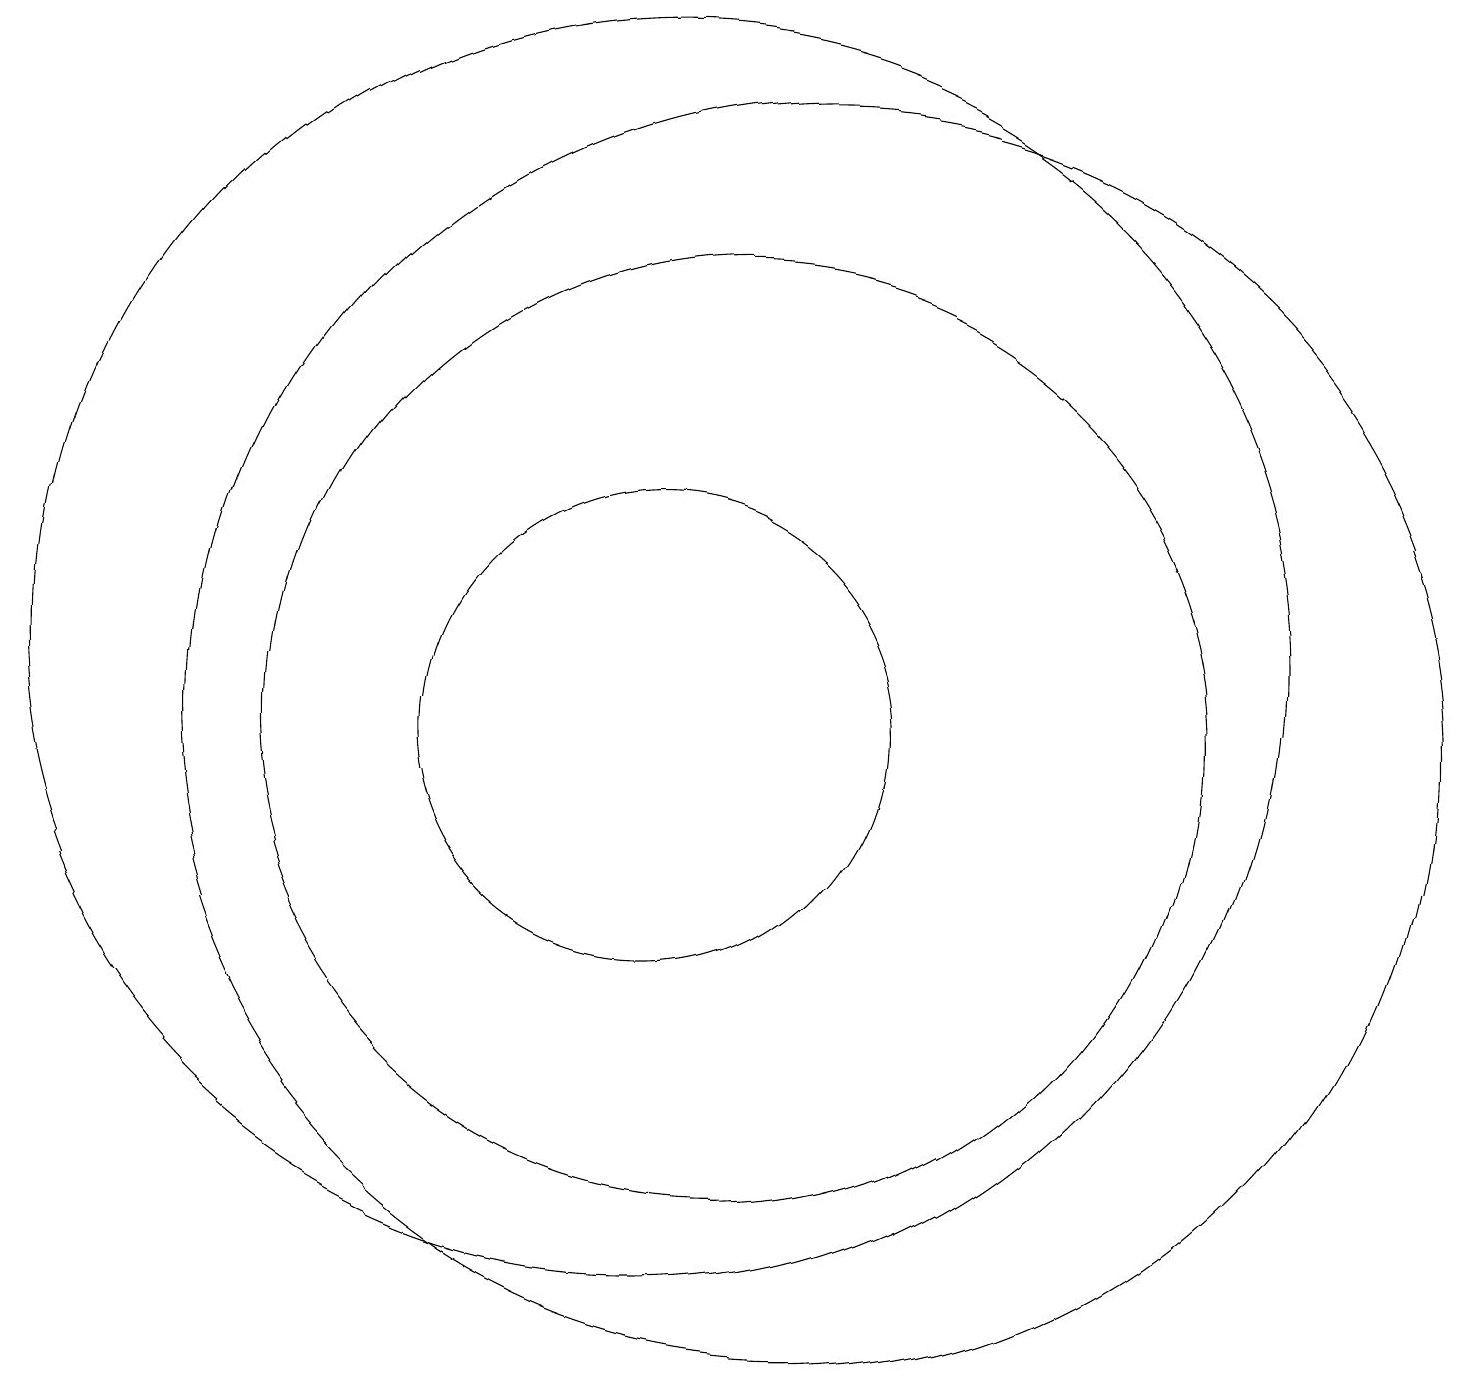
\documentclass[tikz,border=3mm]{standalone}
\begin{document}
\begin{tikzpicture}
\draw (12,10) circle (8);
\draw (11,10) circle (6);
\draw (10,11) circle (8);
\draw (10,10) circle (3);
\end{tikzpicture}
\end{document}